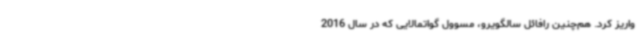
واریز کرد. هم‌چنین رافائل سالگویرو، مسوول گواتمالایی که در سال 2016